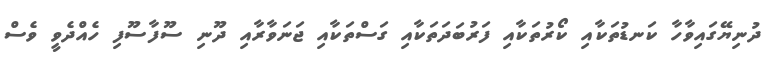
ދުނިޔޭގައިވާހާ ކަނޑުތަކާއި ކޯރުތަކާއި ފަރުބަދަތަކާއި ގަސްތަކާއި ޖަނަވާރާއި ދޫނި ސޫފާސޫފި ހެއްދެވީ ވެސް